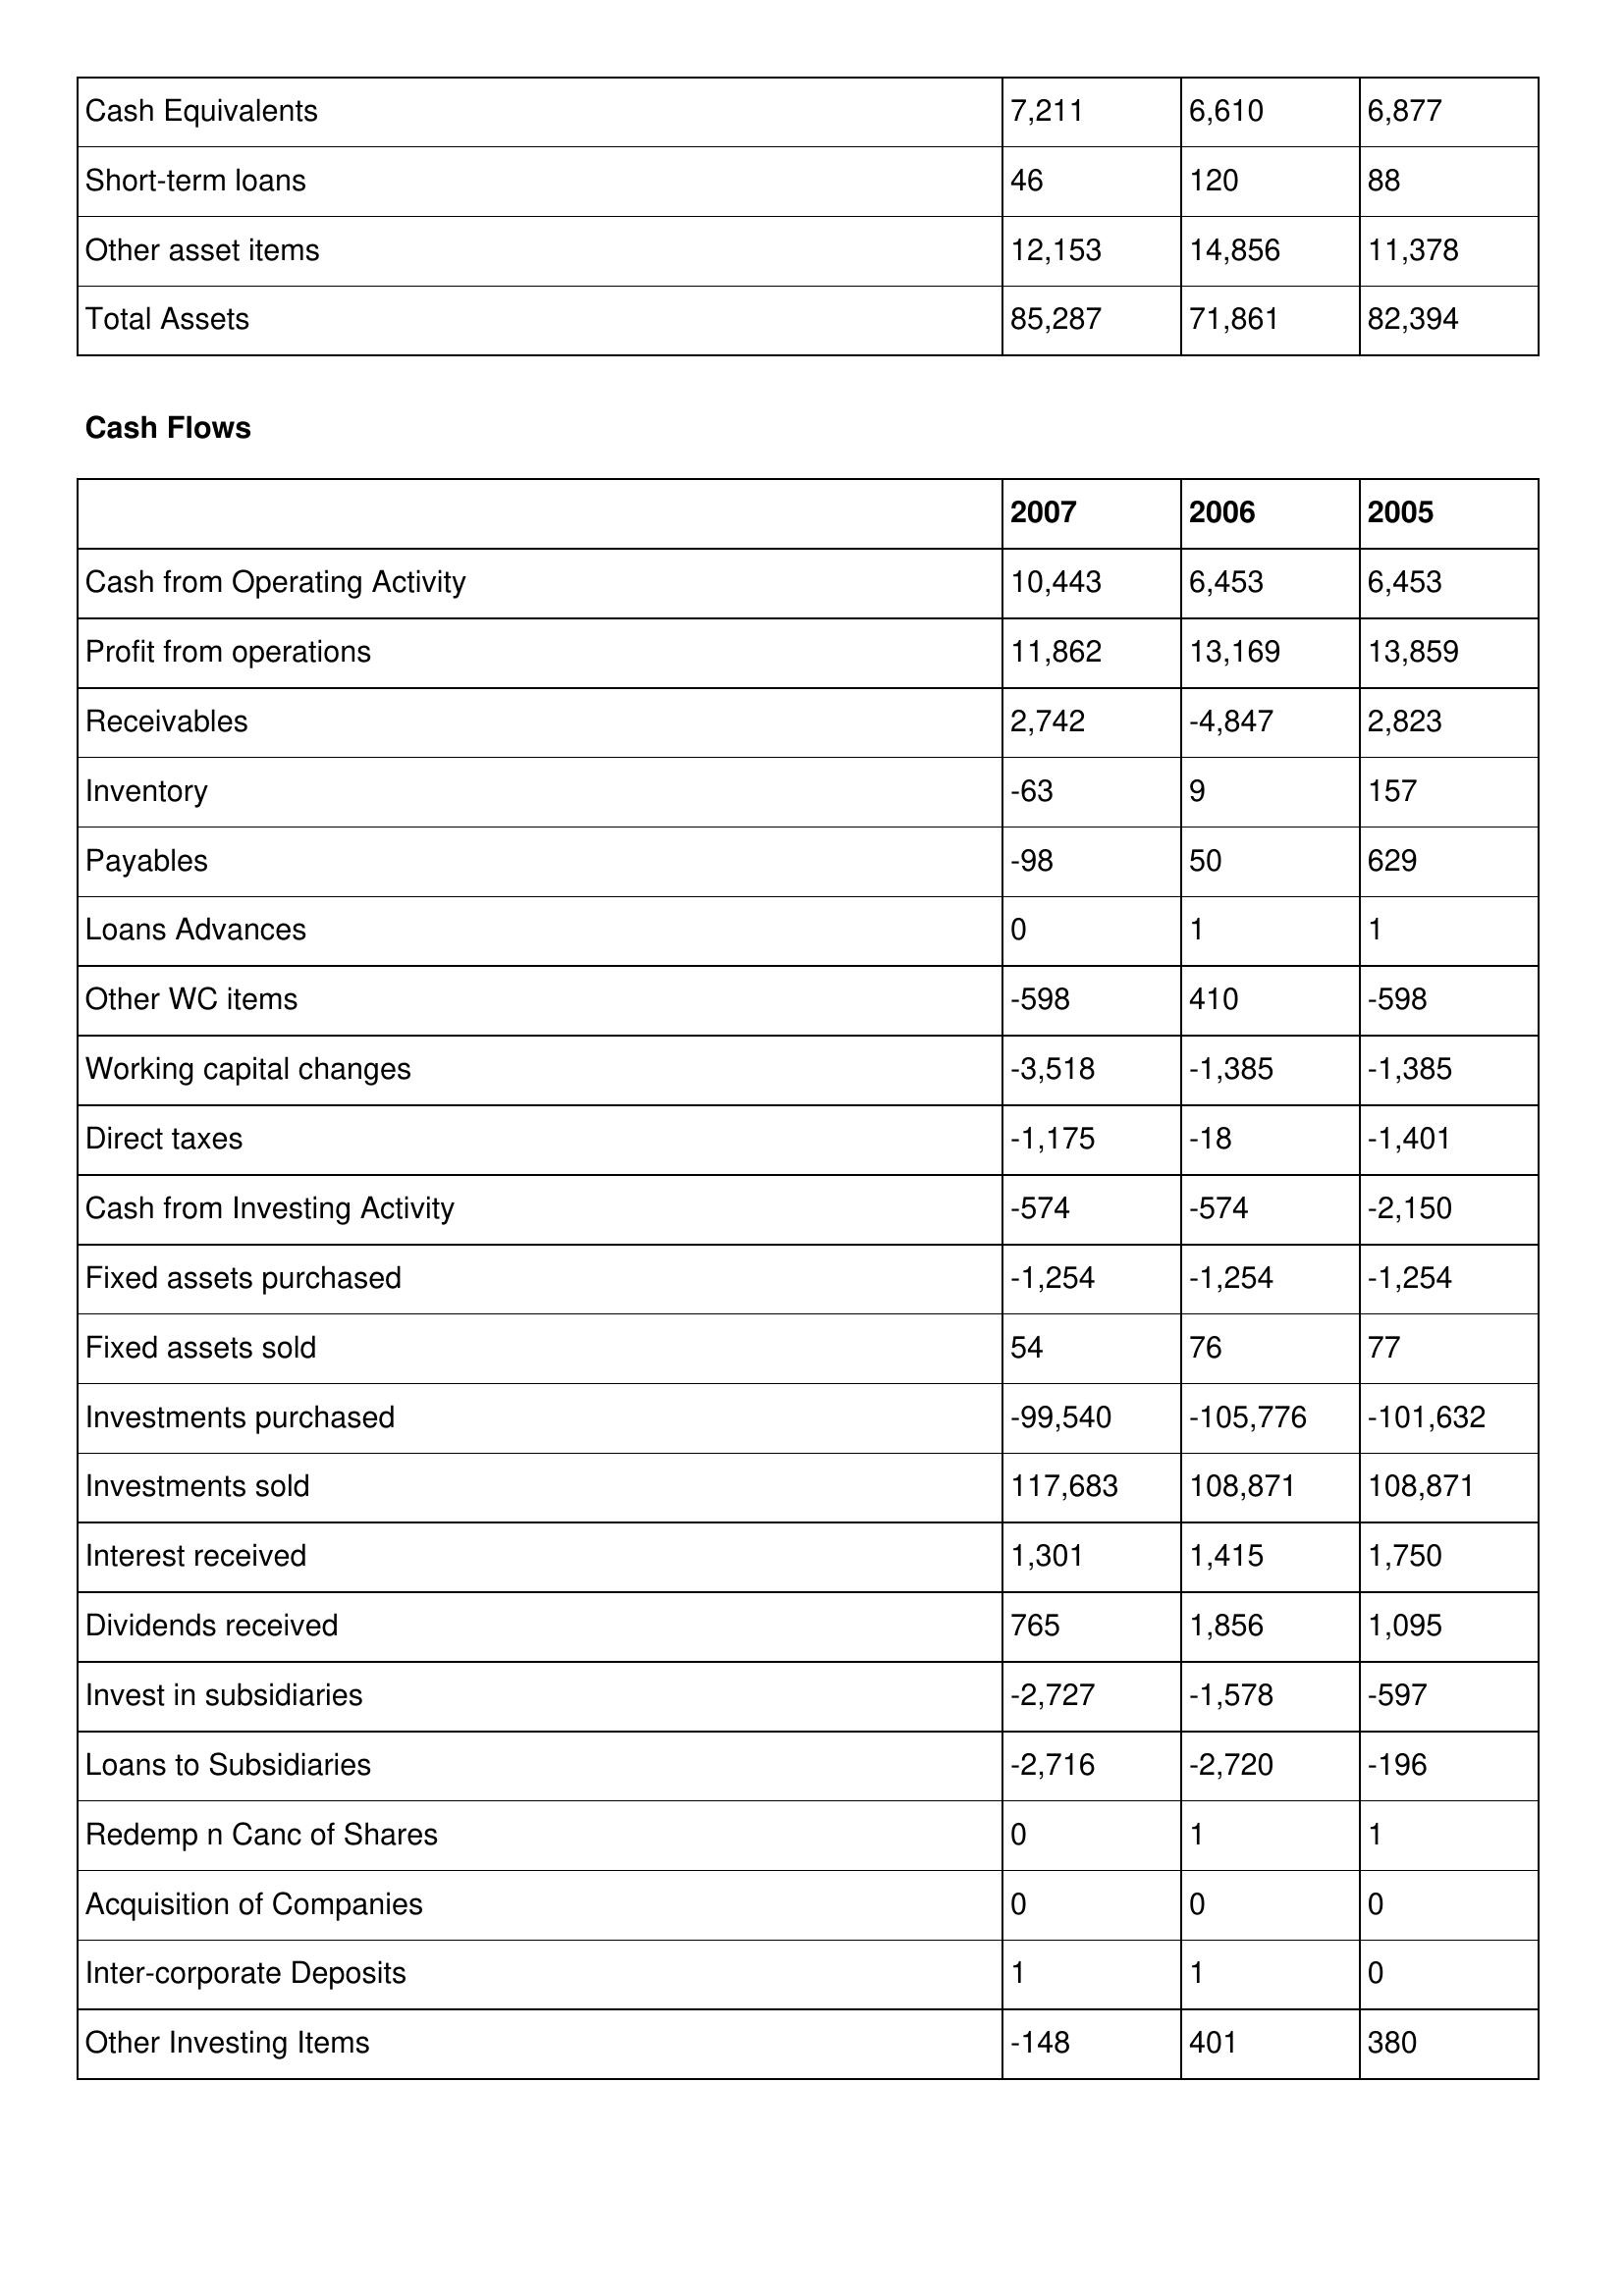
gt_parse: 2007: Balance Sheet: Cash Equivalents: 7,211
Short-term loans: 46
Other asset items: 12,153
Total Assets: 85,287
Cash Flows: Cash from Operating Activity: 10,443
Profit from operations: 11,862
Receivables: 2,742
Inventory: -63
Payables: -98
Loans Advances: 0
Other WC items: -598
Working capital changes: -3,518
Direct taxes: -1,175
Cash from Investing Activity: -574
Fixed assets purchased: -1,254
Fixed assets sold: 54
Investments purchased: -99,540
Investments sold: 117,683
Interest received: 1,301
Dividends received: 765
Invest in subsidiaries: -2,727
Loans to Subsidiaries: -2,716
Redemp n Canc of Shares: 0
Acquisition of Companies: 0
Inter-corporate Deposits: 1
Other Investing Items: -148
2006: Balance Sheet: Cash Equivalents: 6,610
Short-term loans: 120
Other asset items: 14,856
Total Assets: 71,861
Cash Flows: Cash from Operating Activity: 6,453
Profit from operations: 13,169
Receivables: -4,847
Inventory: 9
Payables: 50
Loans Advances: 1
Other WC items: 410
Working capital changes: -1,385
Direct taxes: -18
Cash from Investing Activity: -574
Fixed assets purchased: -1,254
Fixed assets sold: 76
Investments purchased: -105,776
Investments sold: 108,871
Interest received: 1,415
Dividends received: 1,856
Invest in subsidiaries: -1,578
Loans to Subsidiaries: -2,720
Redemp n Canc of Shares: 1
Acquisition of Companies: 0
Inter-corporate Deposits: 1
Other Investing Items: 401
2005: Balance Sheet: Cash Equivalents: 6,877
Short-term loans: 88
Other asset items: 11,378
Total Assets: 82,394
Cash Flows: Cash from Operating Activity: 6,453
Profit from operations: 13,859
Receivables: 2,823
Inventory: 157
Payables: 629
Loans Advances: 1
Other WC items: -598
Working capital changes: -1,385
Direct taxes: -1,401
Cash from Investing Activity: -2,150
Fixed assets purchased: -1,254
Fixed assets sold: 77
Investments purchased: -101,632
Investments sold: 108,871
Interest received: 1,750
Dividends received: 1,095
Invest in subsidiaries: -597
Loans to Subsidiaries: -196
Redemp n Canc of Shares: 1
Acquisition of Companies: 0
Inter-corporate Deposits: 0
Other Investing Items: 380